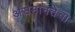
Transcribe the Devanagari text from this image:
असमानतेचा